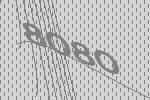
8080